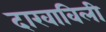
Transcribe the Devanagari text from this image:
दाखाविली